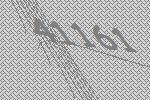
41161